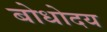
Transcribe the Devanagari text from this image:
बोधोदय